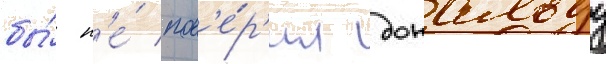
бы́ н'е́ пов'е́р'ил дональду